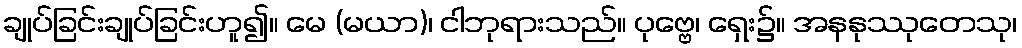
ချုပ်ခြင်းချုပ်ခြင်းဟူ၍။ မေ (မယာ)၊ ငါဘုရားသည်။ ပုဗ္ဗေ၊ ရှေး၌။ အနနုဿုတေသု၊